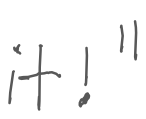
Text: it!"
Cross-out: clean
Writing tool: digital_gray